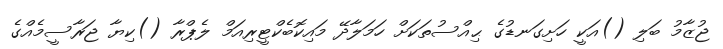
ޖުޒާމު ބަލި ()އަކީ ހަށިގަނޑުގެ ޙިއްސުތަކަށް ހަމަލާދޭ މައިކޮބެކްޓީރިއަމް ލެޕްރާ ()ކިޔާ ޖަރާސީމެއްގެ